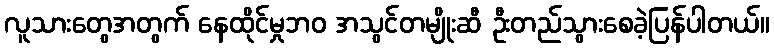
လူသားတွေအတွက် နေထိုင်မှုဘဝ အသွင်တမျိုးဆီ ဦးတည်သွားစေခဲ့ပြန်ပါတယ်။